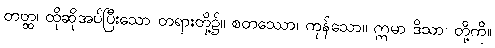
တတ္ထ၊ ထိုဆိုအပ်ပြီးသော တရားတို့၌။ စတဿော၊ ကုန်သော။ ဣမာ ဒိသာ၊ တို့ကို။